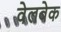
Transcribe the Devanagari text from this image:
वेलबेक